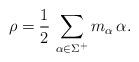
LaTeX: \begin{align*}\rho=\frac 12\,\sum_{\alpha\in\Sigma^+} m_\alpha\,\alpha.\end{align*}